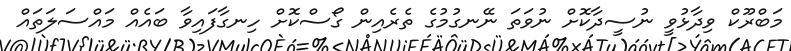
މަބްރޫކް ވިދާޅުވީ ނުސީދާކޮށް ނުވަތަ ނޭނގުމުގެ ތެރެއިން ގޯސްކޮށް ހިނގާފައިވާ ބައެއް މައްސަލަތައް